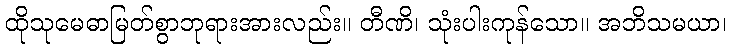
ထိုသုမေဓာမြတ်စွာဘုရားအားလည်း။ တီဏိ၊ သုံးပါးကုန်သော။ အဘိသမယာ၊